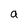
Character: a